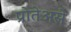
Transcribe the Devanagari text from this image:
प्रोतेअसे